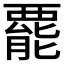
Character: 𧟽